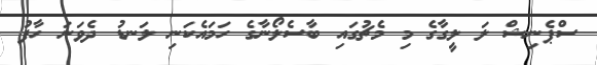
ސްޕެނިޝް ލަ ލީގާގެ މި މެޗުގައި ބާސެލޯނާގެ ހަމައެކަނި ލަނޑު ދެވަނަ ހާފު